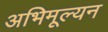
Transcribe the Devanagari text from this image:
अभिमूल्यन